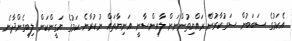
އެކަމުގެ ސަބަބުން ސަރުކާރުން ރައްޔިތުންނަށް ލާއިންސާނީ އަނިޔާތައް ނުކުރާނެ ކަމުގެ ޔަގީންކަން ލިބިގެންދާނެ